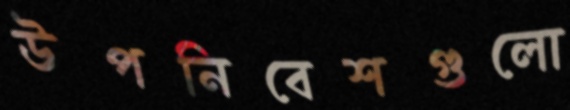
উপনিবেশগুলো